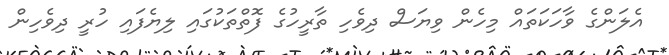
އެލަންގެ ވާހަކަތައް މިހެން ވިޔަސް ދިވެހި ތާރީހުގެ ފޮތްތަކުގައި ލިޔެފައި ހުރީ ދިވެހިން